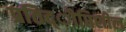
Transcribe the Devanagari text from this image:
प्रतिद्ीप्तिशील